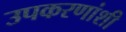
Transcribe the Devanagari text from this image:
उपकरणांशी